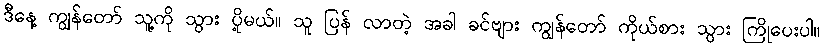
ဒီနေ့ ကျွန်တော် သူ့ကို သွား ပို့မယ်။ သူ ပြန် လာတဲ့ အခါ ခင်ဗျား ကျွန်တော် ကိုယ်စား သွား ကြိုပေးပါ။